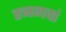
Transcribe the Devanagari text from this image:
रनगवां